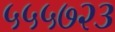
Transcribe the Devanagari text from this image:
५५५७२३